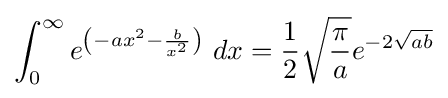
\int _{0}^{\infty }e^{\left(-ax^{2}-{\frac {b}{x^{2}}}\right)}\ dx={\frac {1}{2}}{\sqrt {\frac {\pi }{a}}}e^{-2{\sqrt {ab}}}